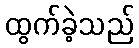
ထွက်ခဲ့သည်